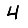
Digit: 4